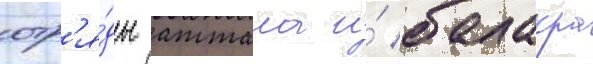
отр'я́ды аттала и́ балакра